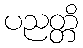
ပညတ္တိ